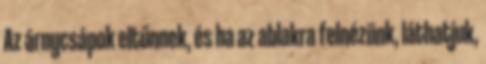
Az árnycsápok eltűnnek, és ha az ablakra felnézünk, láthatjuk,